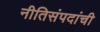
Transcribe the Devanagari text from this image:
नीतिसंपदांची